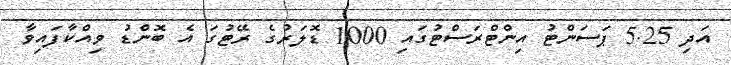
އަދި 5.25 ޕަސަންޓު އިންޓްރަސްޓުގައި 1000 ޑޮލަރުގެ ރޭޓުގަ އެ ބޮންޑު ވިއްކާފައިވާ